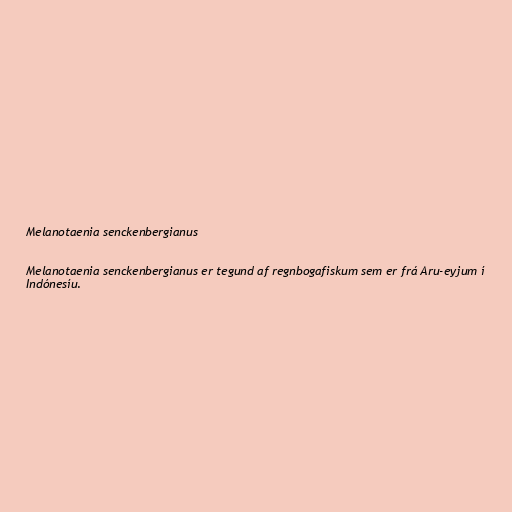
Melanotaenia senckenbergianus

Melanotaenia senckenbergianus er tegund af regnbogafiskum sem er frá Aru-eyjum í
Indónesíu.